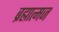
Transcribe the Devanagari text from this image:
ब्रह्मात्मज